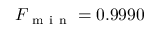
F _ { \mathrm { ~ m ~ i ~ n ~ } } = 0 . 9 9 9 0